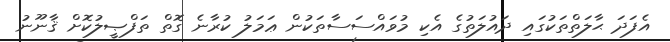
އެފަދަ ޙާލަތްތަކުގައި ދައުލަތުގެ އެކި މުވައްސަސާތަކުން ޢަމަލު ކުރާނެ ގޮތް ތަފްޞީލުކޮށް ޤާނޫނު